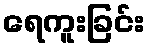
ရေကူးခြင်း